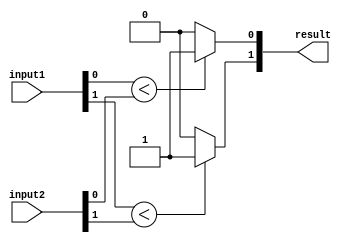
module comparator_2bit(
  input [1:0] input1,
  input [1:0] input2,
  output [1:0] result
);

assign result[0] = (input1[0] < input2[0]) ? 2'b01 : (input1[0] > input2[0]) ? 2'b10 : 2'b00;
assign result[1] = (input1[1] < input2[1]) ? 2'b01 : (input1[1] > input2[1]) ? 2'b10 : 2'b00;

endmodule